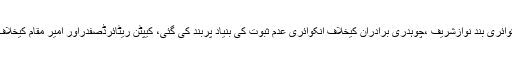
نیب میں نوازشریف کیخلاف خوشحال پاکستان پروگرام کی انکوائری بند نوازشریف ،چوہدری برادران کیخلاف انکوائری عدم ثبوت کی بنیاد پربند کی گئی، کیپٹن ریٹائرڈصفدراور امیر مقام کیخلاف آمدن سے زائد اثاثوں کی تحقیقات کی منظوری دے دی گئی۔